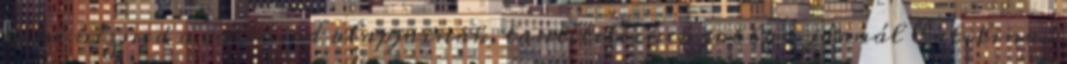
kéne nézned a vallásod alapjainak, tantételeinek jobban járnál Catilina.: